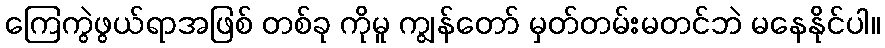
ကြေကွဲဖွယ်ရာအဖြစ် တစ်ခု ကိုမူ ကျွန်တော် မှတ်တမ်းမတင်ဘဲ မနေနိုင်ပါ။